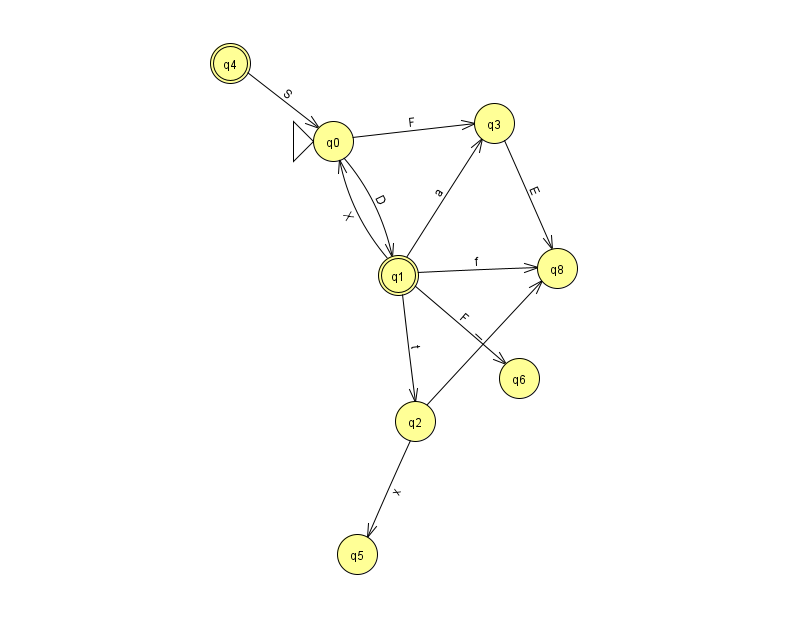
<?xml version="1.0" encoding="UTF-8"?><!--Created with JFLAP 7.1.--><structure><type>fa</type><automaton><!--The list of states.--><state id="0" name="q0"><x>333.0</x><y>128.0</y><initial/></state><state id="1" name="q1"><x>398.0</x><y>262.0</y><final/></state><state id="2" name="q2"><x>415.0</x><y>408.0</y></state><state id="3" name="q3"><x>494.0</x><y>110.0</y></state><state id="4" name="q4"><x>230.0</x><y>50.0</y><final/></state><state id="5" name="q5"><x>357.0</x><y>541.0</y></state><state id="6" name="q6"><x>519.0</x><y>365.0</y></state><state id="8" name="q8"><x>557.0</x><y>255.0</y></state><!--The list of transitions.--><transition><from>0</from><to>3</to><read>F</read></transition><transition><from>1</from><to>6</to><read>F</read></transition><transition><from>1</from><to>8</to><read>f</read></transition><transition><from>1</from><to>0</to><read>X</read></transition><transition><from>1</from><to>2</to><read>t</read></transition><transition><from>2</from><to>5</to><read>x</read></transition><transition><from>1</from><to>3</to><read>a</read></transition><transition><from>3</from><to>8</to><read>E</read></transition><transition><from>2</from><to>8</to><read>I</read></transition><transition><from>4</from><to>0</to><read>S</read></transition><transition><from>0</from><to>1</to><read>D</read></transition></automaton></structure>